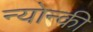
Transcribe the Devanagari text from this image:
न्योन्की